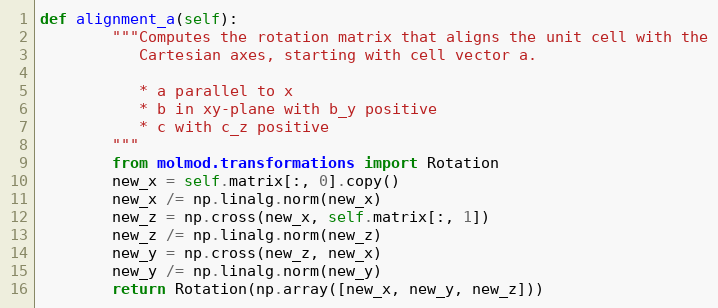
Language: Python
def alignment_a(self):
        """Computes the rotation matrix that aligns the unit cell with the
           Cartesian axes, starting with cell vector a.

           * a parallel to x
           * b in xy-plane with b_y positive
           * c with c_z positive
        """
        from molmod.transformations import Rotation
        new_x = self.matrix[:, 0].copy()
        new_x /= np.linalg.norm(new_x)
        new_z = np.cross(new_x, self.matrix[:, 1])
        new_z /= np.linalg.norm(new_z)
        new_y = np.cross(new_z, new_x)
        new_y /= np.linalg.norm(new_y)
        return Rotation(np.array([new_x, new_y, new_z]))